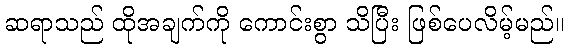
ဆရာသည် ထိုအချက်ကို ကောင်းစွာ သိပြီး ဖြစ်ပေလိမ့်မည်။